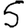
Digit: 5